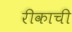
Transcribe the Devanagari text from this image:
रीकाची